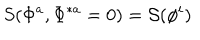
LaTeX: S ( \Phi ^ { a } , \Phi ^ { \ast a } = 0 ) = { \cal S } ( \phi ^ { i } )